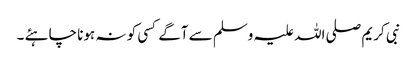
نبی کریم صلی اللہ علیہ وسلم سے آگے کسی کو نہ ہونا چاہئے ۔